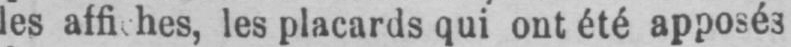
les placards qui ont été apposés